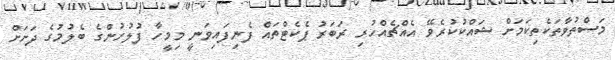
މަސްތުވާތަކެތިކަމަށް ޝައްކުކުރެވޭ އެއްޗެއްހުރި ރަބަރު ޕެކެޓްތައް ފެނިފައިވަނީ މިމީހާ ފުލުހުންގެ ބެލުމުގެ ދަށަށް